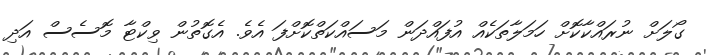
ގޯލަށް ނުރައްކާކޮށް ހަމަލާތަކެއް އުފައްދަން މަސައްކަތްކޮށްފަ އެވެ. އެގޮތުން ވިކްޓާ މޮސެސް އަދި